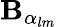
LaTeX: \mathbf{B}_{\alpha_{lm}}